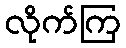
လိုက်ကြ